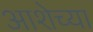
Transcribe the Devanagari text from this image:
आशेच्या